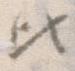
ひ